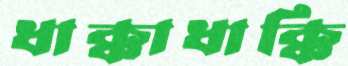
ধাক্কাধাক্কি